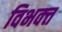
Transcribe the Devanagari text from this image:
विभक्त्त